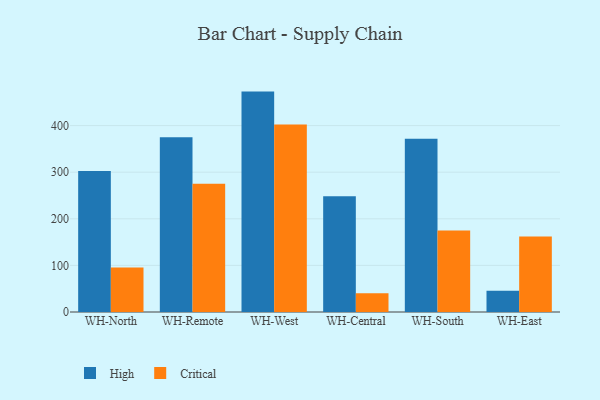
{"axis": {"x": "Warehouse", "y": "Backlog"}, "legend": ["Critical", "High"], "data": [{"x": "WH-North", "y": 302.8, "type": "High"}, {"x": "WH-North", "y": 95.6, "type": "Critical"}, {"x": "WH-Remote", "y": 374.8, "type": "High"}, {"x": "WH-Remote", "y": 275.2, "type": "Critical"}, {"x": "WH-West", "y": 472.9, "type": "High"}, {"x": "WH-West", "y": 402.2, "type": "Critical"}, {"x": "WH-Central", "y": 248.1, "type": "High"}, {"x": "WH-Central", "y": 40.0, "type": "Critical"}, {"x": "WH-South", "y": 371.5, "type": "High"}, {"x": "WH-South", "y": 175.0, "type": "Critical"}, {"x": "WH-East", "y": 45.4, "type": "High"}, {"x": "WH-East", "y": 161.9, "type": "Critical"}]}